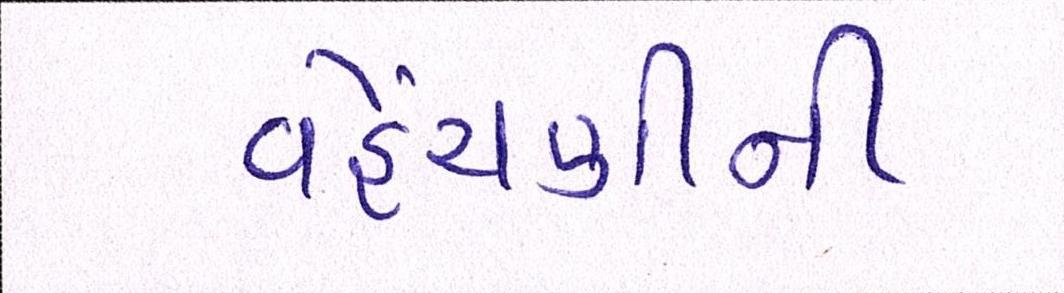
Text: વહેંચણીની